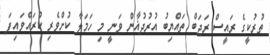
ތުރުކީގެ ރައީސް ރަޖަބް ތައްޔިބު އުރުދުޣާން ވަނީ މި ހަމަލާ ކުށްވެރި ކުރައްވައިފަ